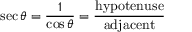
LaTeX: \sec \theta = { \frac { 1 } { \cos \theta } } = { \frac { \mathrm { h y p o t e n u s e } } { \mathrm { a d j a c e n t } } }